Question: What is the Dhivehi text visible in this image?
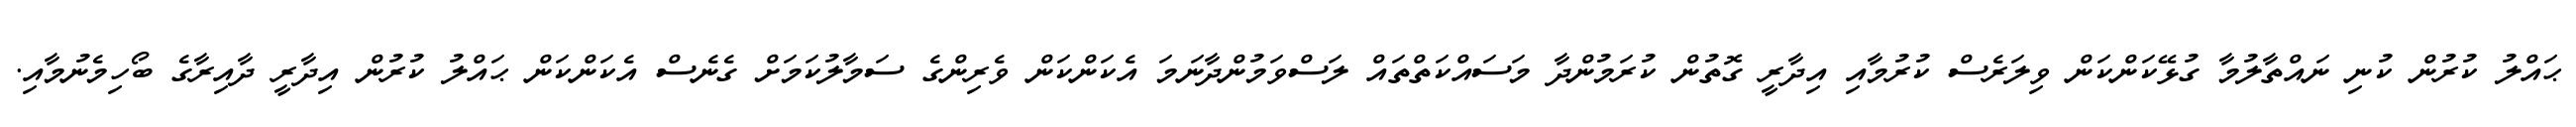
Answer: ޙައްލު ކުރުން ކުނި ނައްތާލުމާ ގުޅޭކަންކަން ވިލަރެސް ކުރުމާއި އިދާރީ ގޮތުން ކުރަމުންދާ މަސައްކަތްތައް ލަސްވަމުންދާނަމަ އެކަންކަން ވެރިންގެ ސަމާލުކަމަށް ގެނެސް އެކަންކަން ޙައްލު ކުރުން އިދާރީ ދާއިރާގެ ބޯހިމެނުމާއި.